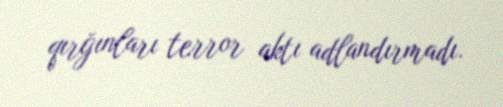
qırğınları terror aktı adlandırmadı.